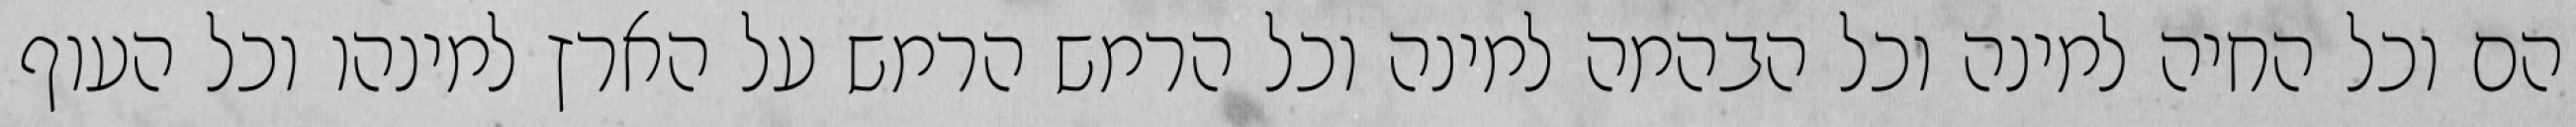
הם וכל החיה למינה וכל הבהמה למינה וכל הרמש הרמש על הארץ למינהו וכל העוף